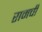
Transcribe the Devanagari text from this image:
रामची